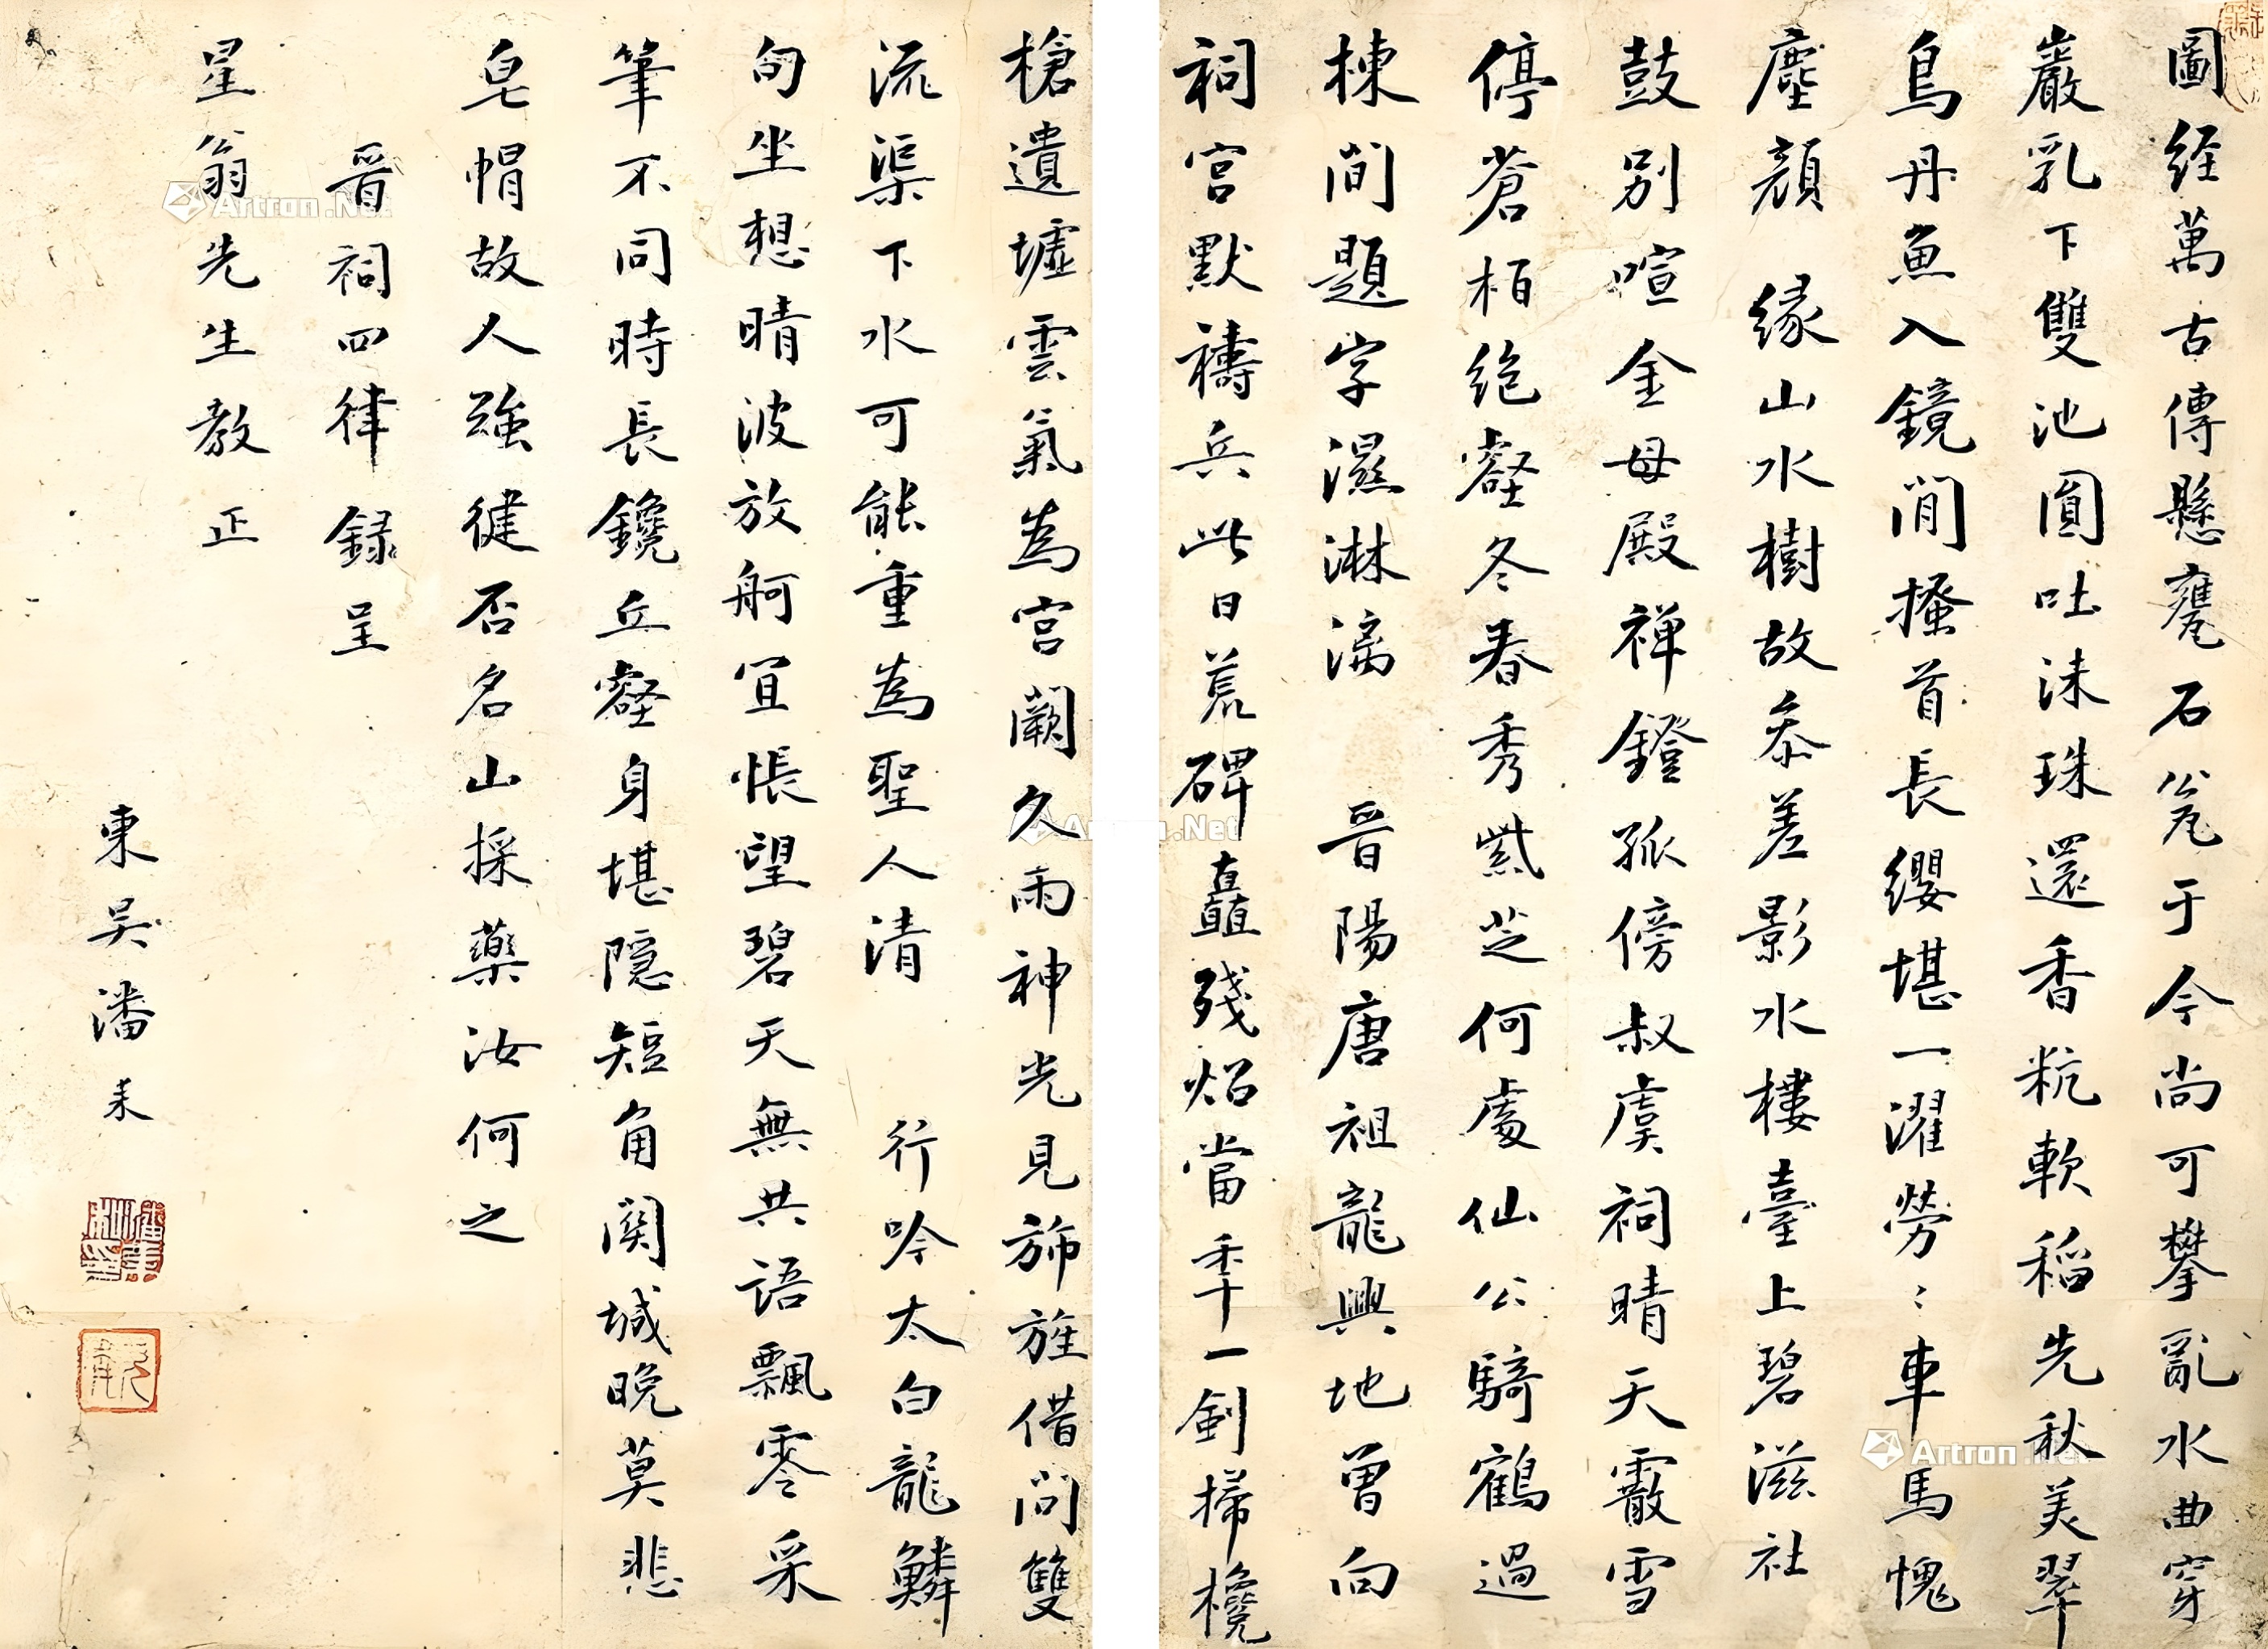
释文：图经万古传悬瓮，石瓮于今尚可攀。乱水曲穿岩乳下，双池圆吐沫珠还。香粇软稻先秋美，翠鸟丹鱼入镜闲。搔首长缨堪一濯，劳劳车马愧尘颜。缘山水树故参差，影水楼台上碧滋。社鼓别喧金母殿，禅灯孤傍叔虞祠。晴天霰雪停苍柏，绝壑冬春秀紫芝。何处仙公骑鹤过，栋间题字湿淋漓。晋阳唐祖龙兴地，曾向祠宫默祷兵。此日荒碑矗残炤，当年一剑扫欃枪。遗墟云气为宫阙，久雨神光见斾旌。借问双流渠下水，可能重为圣人清。行吟太白龙鳞句，坐想晴波放舸宜。怅望碧天无共语，飘零采笔不同时。长镵丘壑身堪隐，短角关城晚莫悲。皂帽故人强健否，名山采药汝何之。晋祠四律录呈星翁先生教正，东吴潘耒。